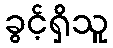
ခွင့်ရှိသူ